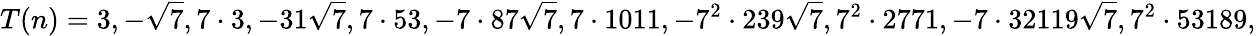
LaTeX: T(n)=3,-{\sqrt{7}},7\cdot 3,-31{\sqrt{7}},7\cdot 53,-7\cdot 87{\sqrt{7}},7\cdot 1011,-7^{2}\cdot 239{\sqrt{7}},7^{2}\cdot 2771,-7\cdot 32119{\sqrt{7}},7^{2}\cdot 53189,